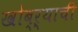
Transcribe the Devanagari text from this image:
खोब्ऱ्याची